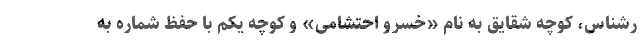
رشناس، کوچه شقایق به نام «خسرو احتشامی» و کوچه یکم با حفظ شماره به